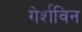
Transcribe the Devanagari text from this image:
गेर्शविन